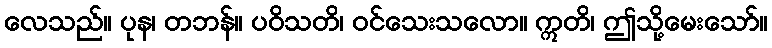
လေသည်။ ပုန၊ တဘန်။ ပဝိသတိ၊ ဝင်သေးသလော။ ဣတိ၊ ဤသို့မေးသော်။